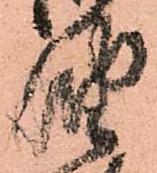
油